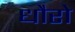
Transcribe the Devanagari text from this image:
धौरो